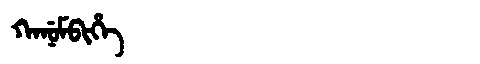
Manchu: ᡴᠠᠨᡠᠮᠪᡳᡥᡝ
Romanization: KANUMBIHE